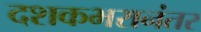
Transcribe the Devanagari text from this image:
दशकभरानंतर